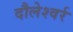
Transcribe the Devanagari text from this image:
दौलेश्वर्र